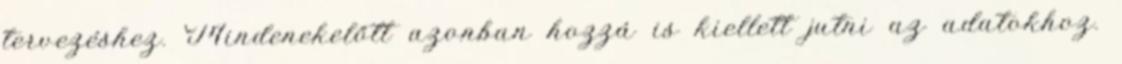
tervezéshez. Mindenekelőtt azonban hozzá is kiellett jutni az adatokhoz.